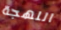
اللهجة